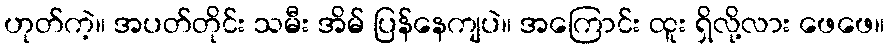
ဟုတ်ကဲ့။ အပတ်တိုင်း သမီး အိမ် ပြန်နေကျပဲ။ အကြောင်း ထူး ရှိလို့လား ဖေဖေ။